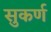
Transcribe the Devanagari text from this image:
सुकर्ण